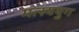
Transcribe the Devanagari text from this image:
मत्स्ययुग